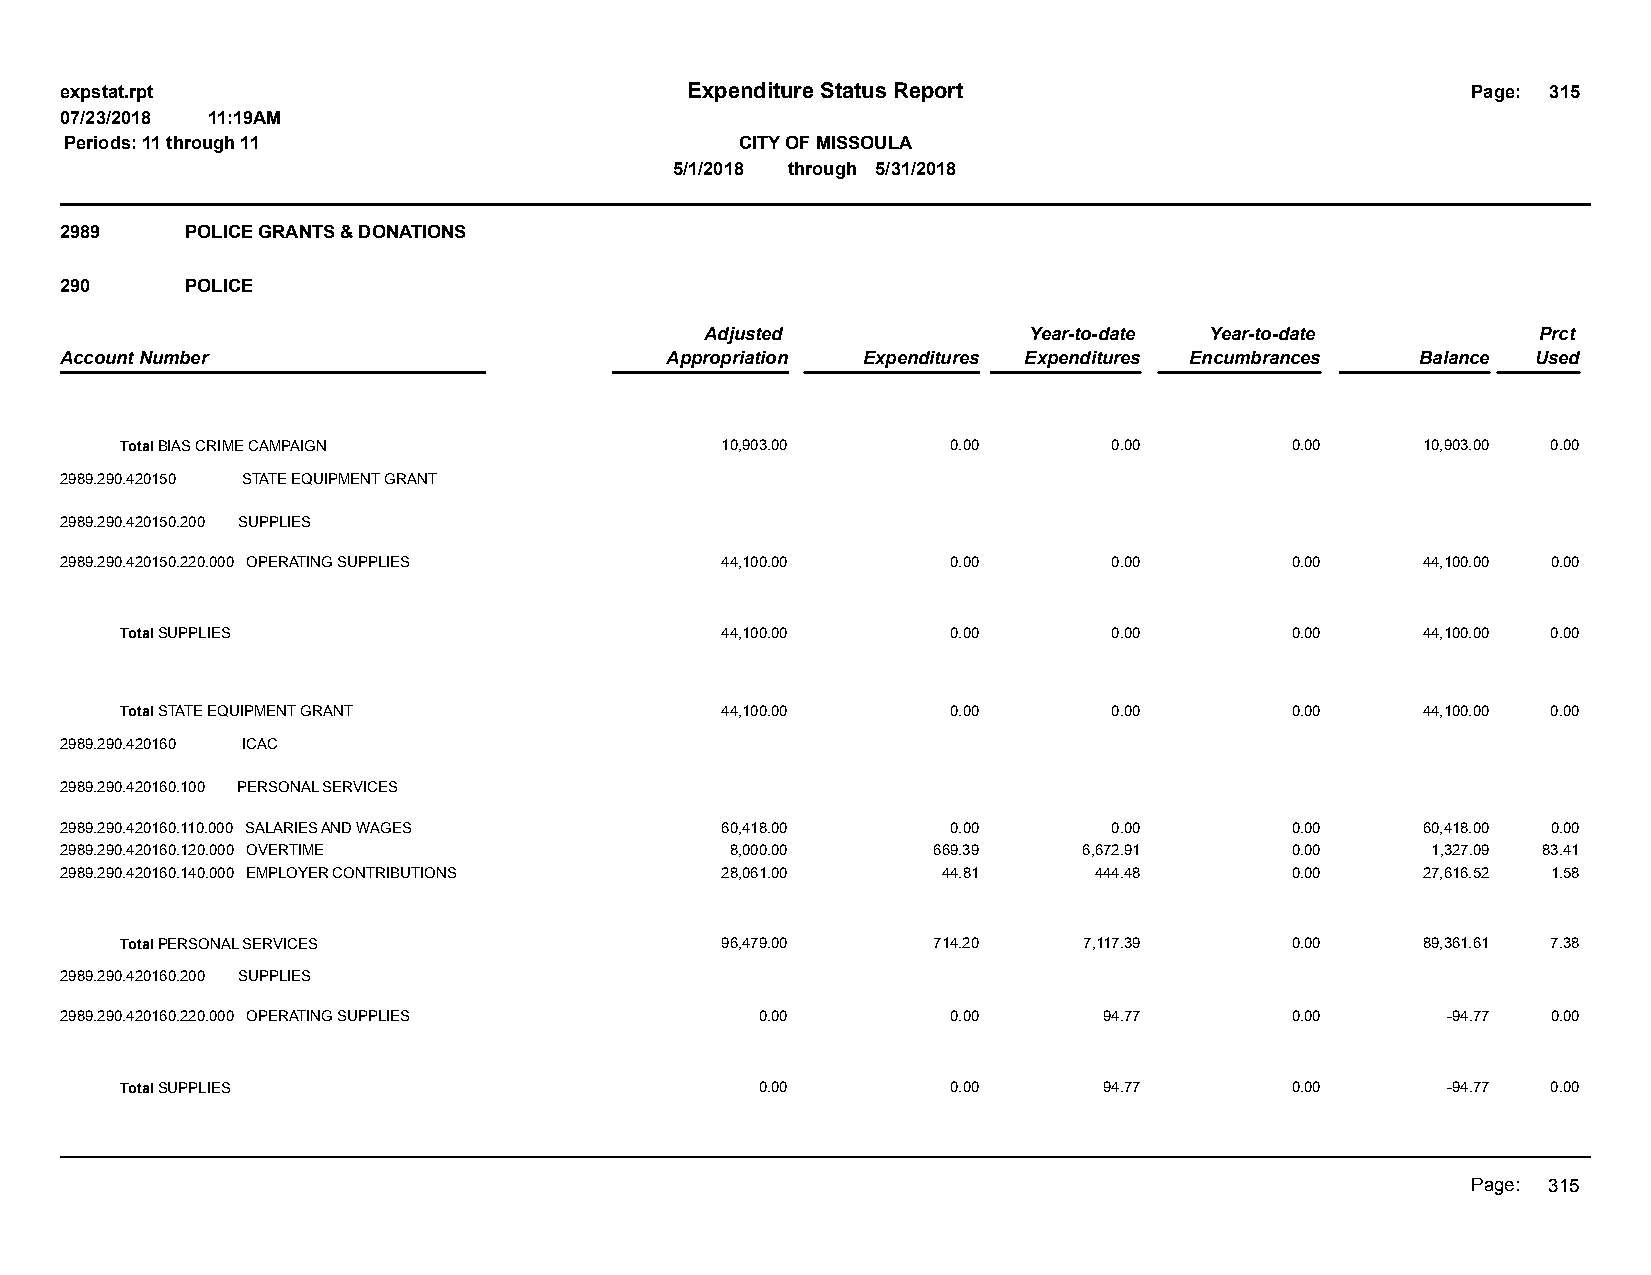
expstat.rpt                              Expenditure Status Report                           Page: 315
 07/23/2018 11:19AM
 Periods: 11 through 11                       CITY OF MISSOULA
 5/1/2018 through 5/31/2018
 2989    POLICE GRANTS & DONATIONS
 290     POLICE
 Adjusted             Year-to-date Year-to-date         Prct
 Account Number                          Appropriation Expenditures Expenditures Encumbrances Balance Used
 Total BIAS CRIME CAMPAIGN               10,903.00      0.00       0.00       0.00     10,903.00 0.00
 2989.290.420150 STATE EQUIPMENT GRANT
 2989.290.420150.200 SUPPLIES
 2989.290.420150.220.000 OPERATING SUPPLIES  44,100.00      0.00       0.00       0.00     44,100.00 0.00
 Total SUPPLIES                          44,100.00      0.00       0.00       0.00     44,100.00 0.00
 Total STATE EQUIPMENT GRANT             44,100.00      0.00       0.00       0.00     44,100.00 0.00
 2989.290.420160 ICAC
 2989.290.420160.100 PERSONAL SERVICES
 2989.290.420160.110.000 SALARIES AND WAGES  60,418.00      0.00       0.00       0.00     60,418.00 0.00
 2989.290.420160.120.000 OVERTIME            8,000.00      669.39    6,672.91     0.00      1,327.09 83.41
 2989.290.420160.140.000 EMPLOYER CONTRIBUTIONS 28,061.00  44.81     444.48       0.00     27,616.52 1.58
 Total PERSONAL SERVICES                 96,479.00     714.20    7,117.39     0.00     89,361.61 7.38
 2989.290.420160.200 SUPPLIES
 2989.290.420160.220.000 OPERATING SUPPLIES    0.00         0.00      94.77       0.00       -94.77 0.00
 Total SUPPLIES                            0.00         0.00      94.77       0.00       -94.77 0.00
 Page: 315